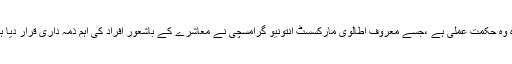
ےہ وہ حکمتِ عملی ہے ،جسے معروف اطالوی مارکسسٹ انتونیو گرامسچی نے معاشرے کے باشعور افراد کی اہم ذمہ داری قرار دیا ہے۔